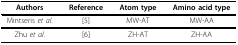
<table><thead><tr><td><b>Authors</b></td><td><b>Reference</b></td><td><b>Atom type</b></td><td><b>Amino acid type</b></td></tr></thead><tbody><tr><td>Mintseris <i>et al</i>.</td><td>[5]</td><td>MW-AT</td><td>MW-AA</td></tr><tr><td>Zhu <i>et al</i>.</td><td>[6]</td><td>ZH-AT</td><td>ZH-AA</td></tr></tbody></table>